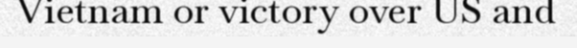
Vietnam or victory over US and